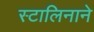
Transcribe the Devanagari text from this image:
स्टालिनाने